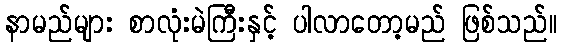
နာမည်များ စာလုံးမဲကြီးနှင့် ပါလာတော့မည် ဖြစ်သည်။